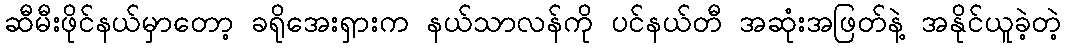
ဆီမီးဖိုင်နယ်မှာတော့ ခရိုအေးရှားက နယ်သာလန်ကို ပင်နယ်တီ အဆုံးအဖြတ်နဲ့ အနိုင်ယူခဲ့တဲ့